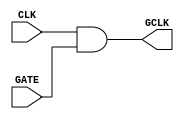
module ClockGating (
    input wire CLK,      // Main clock signal
    input wire GATE,     // Control signal for clock gating
    output wire GCLK     // Gated clock signal
);

// Clock gating logic using AND gate
assign GCLK = CLK & GATE; // Gated clock signal based on CLK and GATE

endmodule